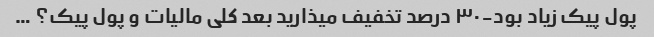
پول پیک زیاد بود-۳۰ درصد تخفیف میذارید بعد کلی مالیات و پول پیک؟ …